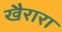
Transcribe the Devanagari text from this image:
खैरारा